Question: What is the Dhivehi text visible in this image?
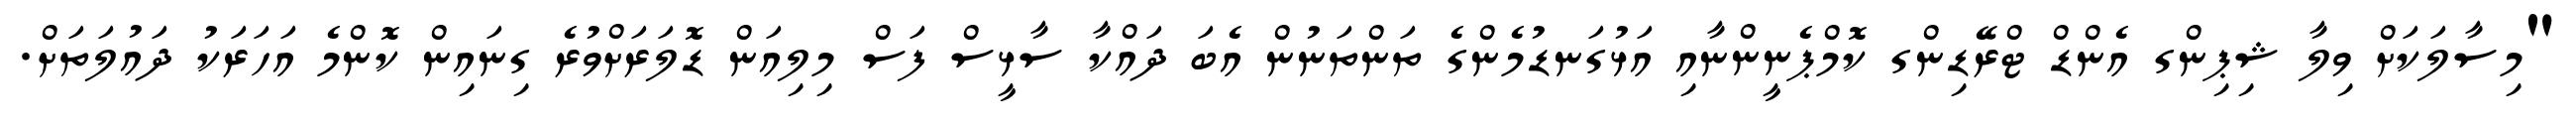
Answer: "މިސާލަކަށް ވިލާ ޝިޕިންގ އެންޑް ޓްރޭޑިންގ ކޮމްޕެނީންނާއި އަޅުގަނޑުމެންގެ ތަންތަނުން އެބަ ދައްކާ ސާޅީސް ފަސް މިލިއަން ޑޮލަރަށްވުރެ ގިނައިން ކޮންމެ އަހަރަކު ދައުލަތަށް.